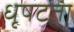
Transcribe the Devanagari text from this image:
धृषटता